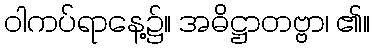
ဝါကပ်ရာနေ့၌။ အဓိဋ္ဌာတဗ္ဗာ၊ ၏။